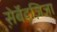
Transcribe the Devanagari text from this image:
स़ेर्बेद्ज़िजा